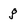
Character: g